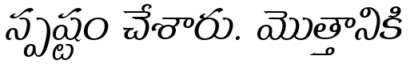
స్పష్టం చేశారు. మొత్తానికి